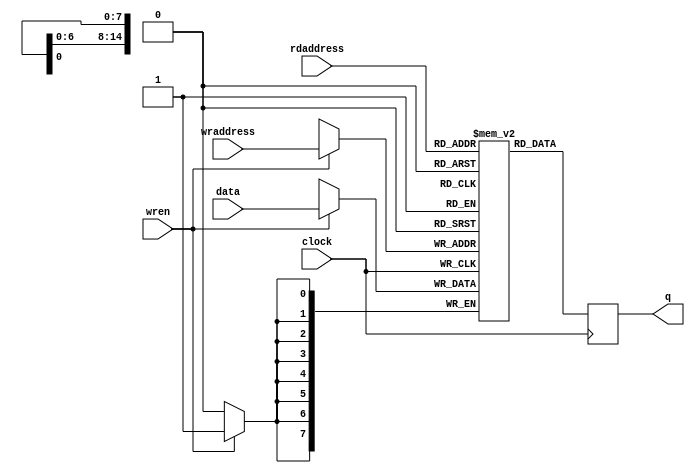
module conv_ram( 
    output reg [7:0] q,
    input [7:0] data,
    input [14:0] wraddress,rdaddress,
    input wren, clock
);
	 // force M10K ram style
    reg [7:0] mem [32767:0]  /* synthesis ramstyle = "no_rw_check, M10K" */;
	 
    always @ (posedge clock) begin
        if (wren) begin
            mem[wraddress] <= data;
        end
        q <= mem[rdaddress]; // q doesn't get d in this clock cycle
    end
endmodule